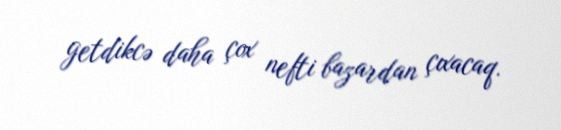
getdikcə daha çox nefti bazardan çıxacaq.